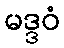
မဒ္ဒဝံ